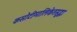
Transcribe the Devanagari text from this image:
कसोटीमालिकेतसुद्धा